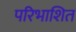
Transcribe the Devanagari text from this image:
परिभाशित